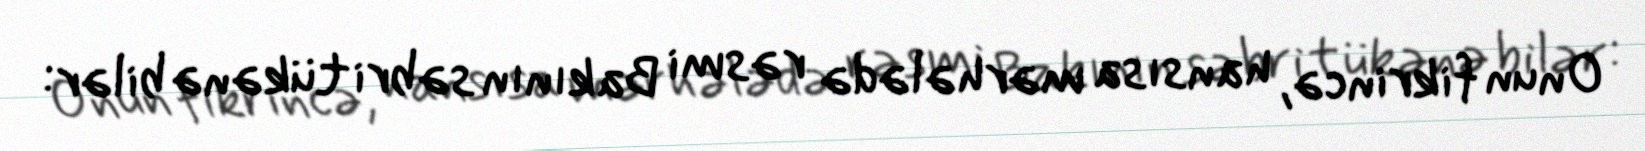
Onun fikrincə, hansısa mərhələdə rəsmi Bakının səbri tükənə bilər: